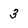
Character: 3